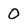
Character: 0